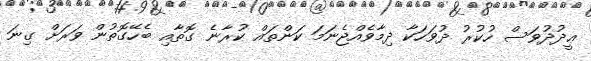
ޢީދުދުވަސް ހުކުރު ދުވަހަކާ ދިމާވެއްޖެނަމަ ކަންތައް ކުރާނެ ގޮތާއި ބެހޭގޮތުން ވަރަށް ގިނަ